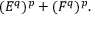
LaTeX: ( E ^ { q } ) ^ { p } + ( F ^ { q } ) ^ { p } .